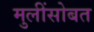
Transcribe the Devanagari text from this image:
मुलींसोबत